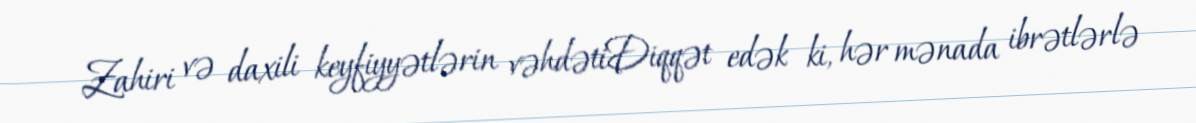
Zahiri və daxili keyfiyyətlərin vəhdətiDiqqət edək ki, hər mənada ibrətlərlə